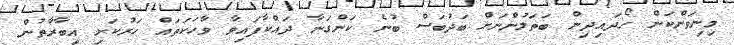
މިނިވަންކަން ހޯދައިދިން ބަތަލުންނަށް ބަދުބަސް ބުނެ ކަންގަނާ ދައްކާފައިވާ ވާހަކަތައް ހަރުކަށި އިބާރާތުން